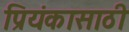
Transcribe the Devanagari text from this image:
प्रियंकासाठी